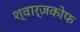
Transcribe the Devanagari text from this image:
श्वार्ज़कोफ